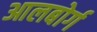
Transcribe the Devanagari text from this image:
आलबोर्ग